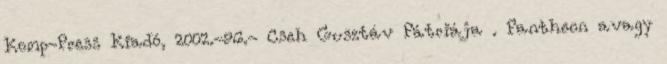
Komp-Press Kiadó, 2002.-96.- Cseh Gusztáv Pátriája . Pantheon avagy